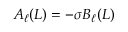
A _ { \ell } ( L ) = - \sigma B _ { \ell } ( L )